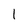
Character: 1